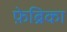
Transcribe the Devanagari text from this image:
फ़ेब्रिका